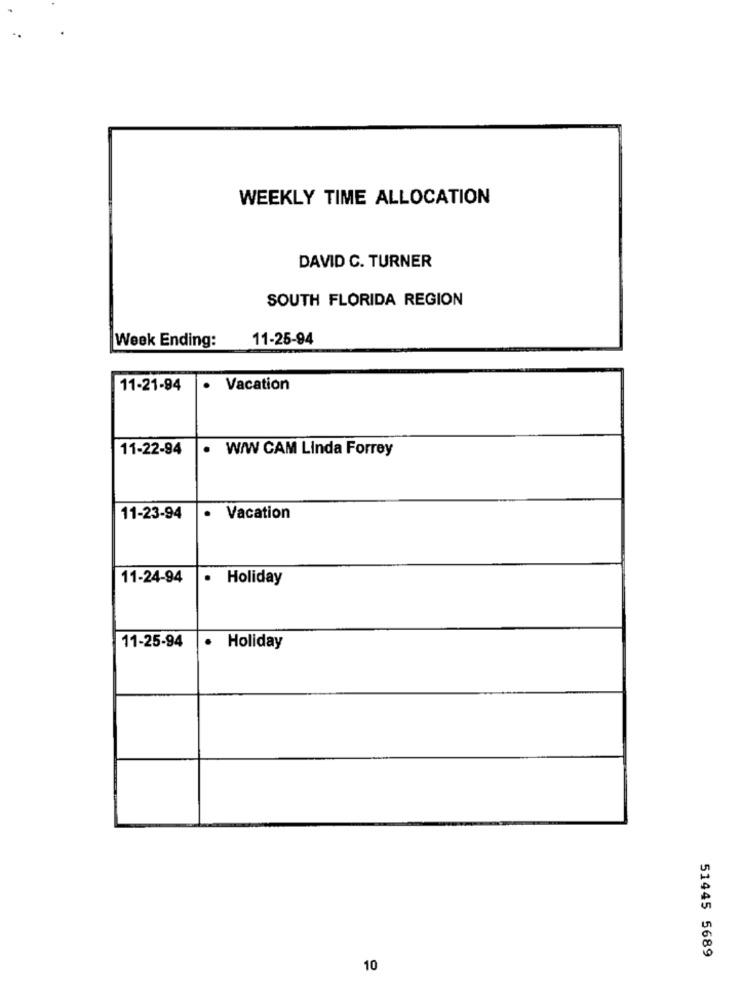
WEEKLY TIME ALLOCATION
DAVID C. TURNER
SOUTH FLORIDA REGION
Week Ending:
11-25-94
11-21-94
.
Vacation
11-22-94
.
W/W CAM Linda Forrey
11-23-94
.
Vacation
11-24-94
.
Holiday
11-25-94
· Holiday
51445 5689
10